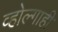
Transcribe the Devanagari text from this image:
व्होल्गाही